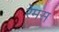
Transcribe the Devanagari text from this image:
रेमस